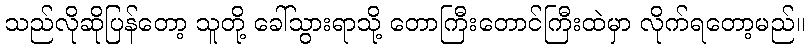
သည်လိုဆိုပြန်တော့ သူတို့ ခေါ်သွားရာသို့ တောကြီးတောင်ကြီးထဲမှာ လိုက်ရတော့မည်။